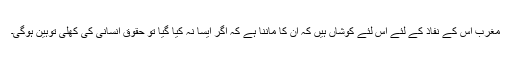
مغرب اس کے نفاذ کے لئے اس لئے کوشاں ہیں کہ ان کا ماننا ہے کہ اگر ایسا نہ کیا گیا تو حقوق انسانی کی کھلی توہین ہوگی۔